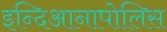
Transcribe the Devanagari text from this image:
इन्दिआनापोलिस